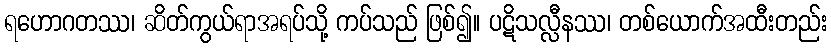
ရဟောဂတဿ၊ ဆိတ်ကွယ်ရာအရပ်သို့ ကပ်သည် ဖြစ်၍။ ပဋိသလ္လီနဿ၊ တစ်ယောက်အထီးတည်း